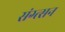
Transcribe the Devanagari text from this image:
संग्त्सन